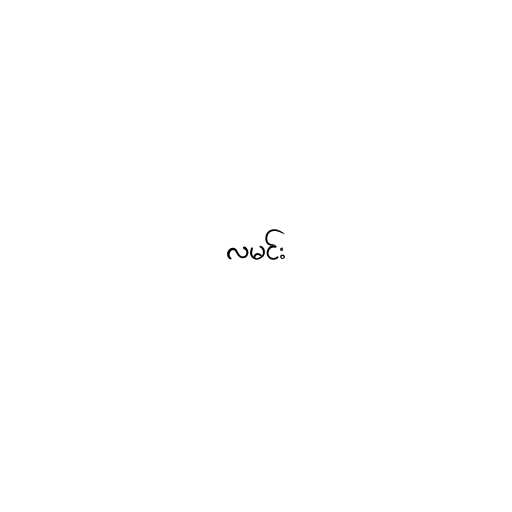
လမင်း